Snake-venoms in relation to hæmolysis - Number 17
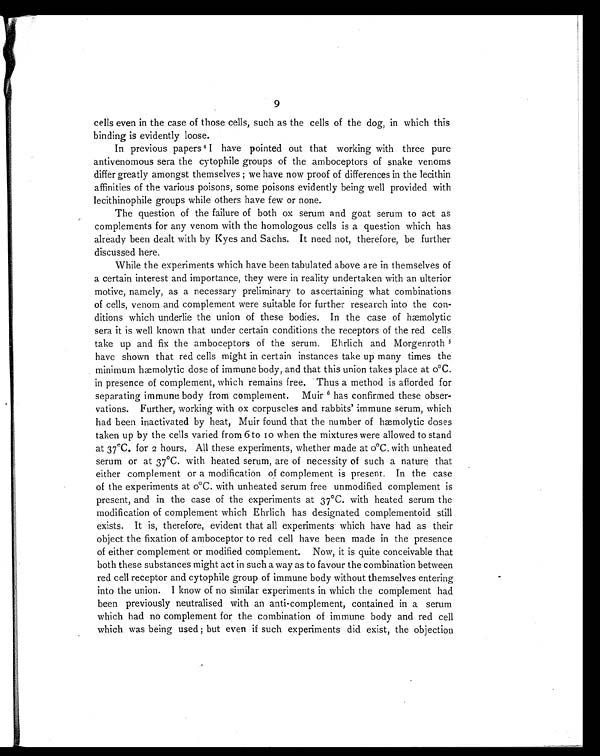
9
cells even in the case of those cells, such as the cells of the dog, in which this
binding is evidently loose.
In previous papers 4 I have pointed out that working with three pure
antivenomous sera the cytophile groups of the amboceptors of snake venoms
differ greatly amongst themselves ; we have now proof of differences in the lecithin
affinities of the various poisons, some poisons evidently being well provided with
lecithinophile groups while others have few or none.
The question of the failure of both ox serum and goat serum to act as
complements for any venom with the homologous cells is a question which has
already been dealt with by Kyes and Sachs. It need not, therefore, be further
discussed here.
While the experiments which have been tabulated above are in themselves of
a certain interest and importance, they were in reality undertaken with an ulterior
motive, namely, as a necessary preliminary to ascertaining what combinations
of cells, venom and complement were suitable for further research into the con-
ditions which underlie the union of these bodies. In the case of hæmolytic
sera it is well known that under certain conditions the receptors of the red cells
take up and fix the amboceptors of the serum. Ehrlich and Morgenroth 5
have shown that red cells might in certain instances take up many times the
minimum hæmolytic dose of immune body, and that this union takes place at oºC.
in presence of complement, which remains free. Thus a method is afforded for
separating immune body from complement. Muir 6 has confirmed these obser-
vations. Further, working with ox corpuscles and rabbits' immune serum, which
had been inactivated by heat, Muir found that the number of hæmolytic doses
taken up by the cells varied from 6 to 10 when the mixtures were allowed to stand
at 37ºC. for 2 hours. All these experiments, whether made at oºC. with unheated
serum or at 37ºC. with heated serum, are of necessity of such a nature that
either complement or a modification of complement is present. In the case
of the experiments at oºC. with unheated serum free unmodified complement is
present, and in the case of the experiments at 37ºC. with heated serum the
modification of complement which Ehrlich has designated complementoid still
exists. It is, therefore, evident that all experiments which have had as their
object the fixation of amboceptor to red cell have been made in the presence
of either complement or modified complement. Now, it is quite conceivable that
both these substances might act in such a way as to favour the combination between
red cell receptor and cytophile group of immune body without themselves entering
into the union. I know of no similar experiments in which the complement had
been previously neutralised with an anti-complement, contained in a serum
which had no complement for the combination of immune body and red cell
which was being used ; but even if such experiments did exist, the objection